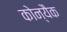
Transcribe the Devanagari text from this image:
कोन्यैक